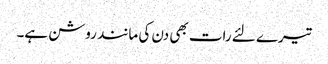
تیرے لئے رات بھی دن کی مانند روشن ہے۔